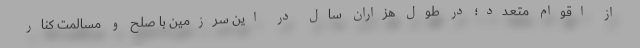
از اقوام متعدد؛ در طول هزاران سال در این سرزمین با صلح و مسالمت کنار